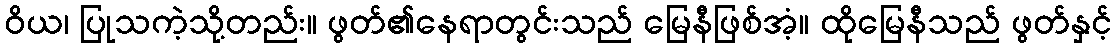
ဝိယ၊ ပြုသကဲ့သို့တည်း။ ဖွတ်၏နေရာတွင်းသည် မြေနီဖြစ်အံ့။ ထိုမြေနီသည် ဖွတ်နှင့်